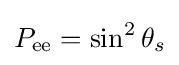
P_{\text{ee}}=\sin ^{2}\theta _{s}